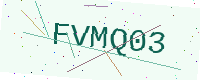
Text: FVMQ03